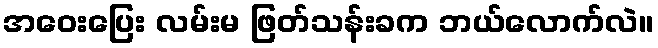
အဝေးပြေး လမ်းမ ဖြတ်သန်းခက ဘယ်လောက်လဲ။